Lunatic asylums Bombay report 1891-1903 - 1891-1903
Year: 1891
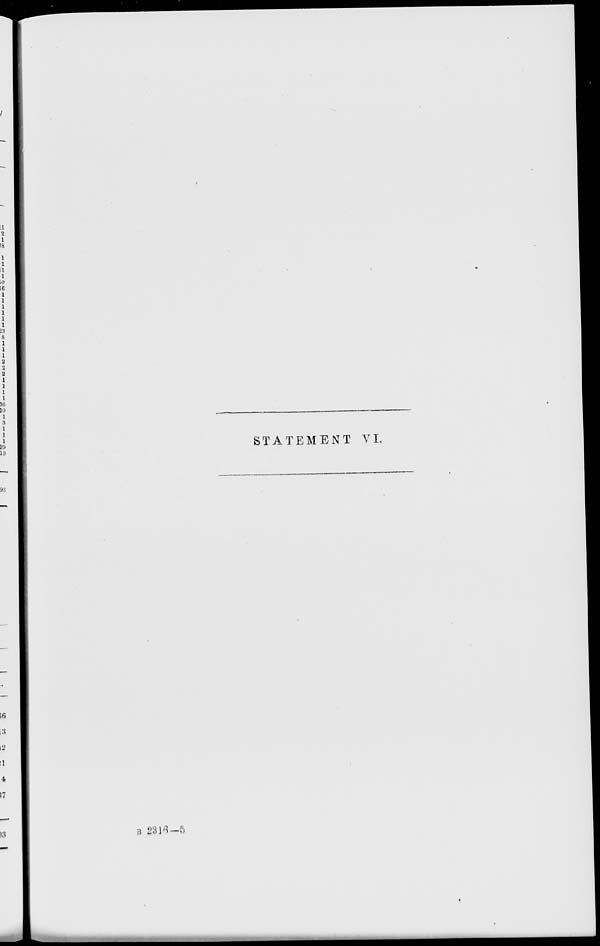
STATEMENT VI.
B 2316—5